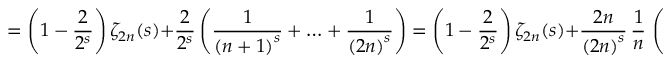
= \left( 1 - { \frac { 2 } { 2 ^ { s } } } \right) \zeta _ { 2 n } ( s ) + { \frac { 2 } { 2 ^ { s } } } \left( { \frac { 1 } { { ( n + 1 ) } ^ { s } } } + \ldots + { \frac { 1 } { { ( 2 n ) } ^ { s } } } \right) = \left( 1 - { \frac { 2 } { 2 ^ { s } } } \right) \zeta _ { 2 n } ( s ) + { \frac { 2 n } { { ( 2 n ) } ^ { s } } } \, { \frac { 1 } { n } } \, \left( { \frac { 1 } { { ( 1 + 1 / n ) } ^ { s } } } + \ldots + { \frac { 1 } { { ( 1 + n / n ) } ^ { s } } } \right) .